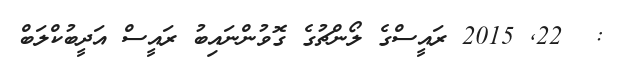
:  22